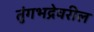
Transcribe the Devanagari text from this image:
तुंगभद्रेवरील